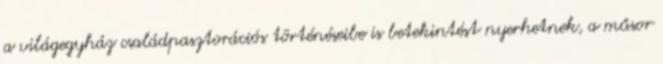
a világegyház családpasztorációs történéseibe is betekintést nyerhetnek, a műsor